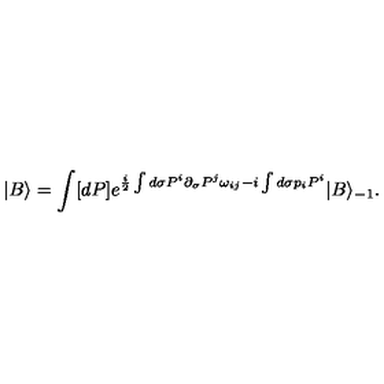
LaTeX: | B \rangle = \int [ d P ] e ^ { \frac { i } { 2 } \int d \sigma P ^ { i } \partial _ { \sigma } P ^ { j } \omega _ { i j } - i \int d \sigma p _ { i } P ^ { i } } | B \rangle _ { - 1 } .